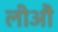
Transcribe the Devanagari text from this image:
लीआैं